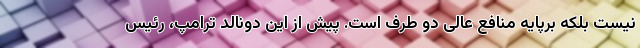
نیست بلکه برپایه منافع عالی دو طرف است. پیش از این دونالد ترامپ، رئیس